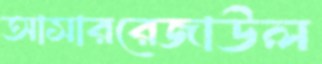
আসাররেজাউল